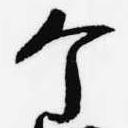
个